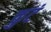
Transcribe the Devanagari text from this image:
कुटं